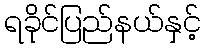
ရခိုင်ပြည်နယ်နှင့်